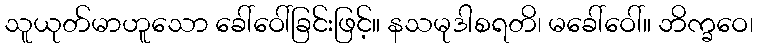
သူယုတ်မာဟူသော ခေါ်ဝေါ်ခြင်းဖြင့်။ နသမုဒါစရတိ၊ မခေါ်ဝေါ်။ ဘိက္ခဝေ၊